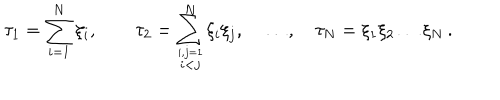
\tau _ { 1 } = \sum _ { i = 1 } ^ { N } \xi _ { i } , \qquad \tau _ { 2 } = \sum _ { \stackrel { i , j = 1 } { i < j } } ^ { N } \xi _ { i } \xi _ { j } , \quad \ldots , \quad \tau _ { N } = \xi _ { 1 } \xi _ { 2 } \ldots \xi _ { N } \, .